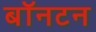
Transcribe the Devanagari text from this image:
बॉनटन